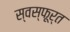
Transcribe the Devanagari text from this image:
स्वस्फूर्त